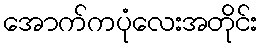
အောက်ကပုံလေးအတိုင်း